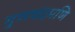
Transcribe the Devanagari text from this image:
गुणचंद्रमणि